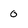
Character: 0